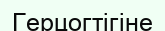
Герцогтігіне